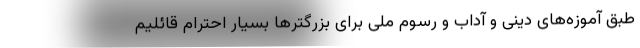
طبق آموزه‌های دینی و آداب و رسوم ملی برای بزرگترها بسیار احترام قائلیم